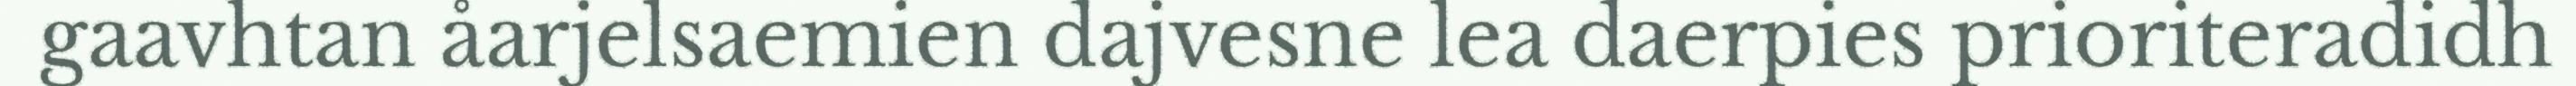
gaavhtan åarjelsaemien dajvesne lea daerpies prioriteradidh